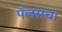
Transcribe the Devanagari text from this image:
पॅलसचा